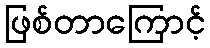
ဖြစ်တာကြောင့်